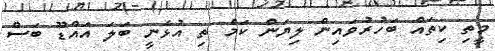
މީތި ކިތައް ބަހުރުވައިން ލިޔަން ކަމަް ތި އުޅެނީ ބަލަ އައްޑޫ ބަސް